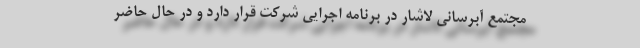
مجتمع آبرسانی لاشار در برنامه اجرایی شرکت قرار دارد و در حال حاضر